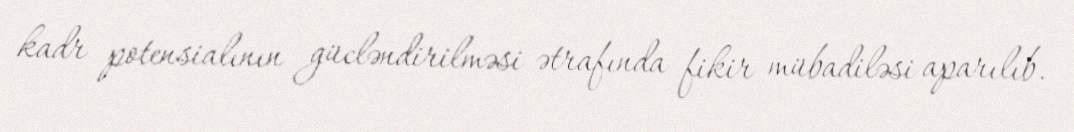
kadr potensialının gücləndirilməsi ətrafında fikir mübadiləsi aparılıb.